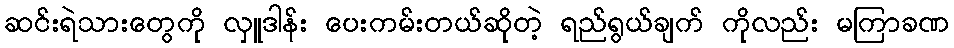
ဆင်းရဲသားတွေကို လှူဒါန်း ပေးကမ်းတယ်ဆိုတဲ့ ရည်ရွယ်ချက် ကိုလည်း မကြာခဏ